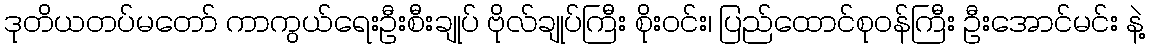
ဒုတိယတပ်မတော် ကာကွယ်ရေးဦးစီးချုပ် ဗိုလ်ချုပ်ကြီး စိုးဝင်း၊ ပြည်ထောင်စုဝန်ကြီး ဦးအောင်မင်း နဲ့